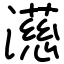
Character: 濨